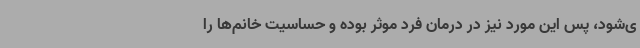
ی‌شود، پس این مورد نیز در درمان فرد موثر بوده و حساسیت خانم‌ها را